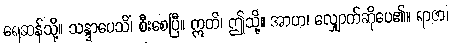
ရေဆန်သို့။ သန္ဒာပေသိံ၊ စီးစေပြီ။ ဣတိ၊ ဤသို့။ အာဟ၊ လျှောက်ဆိုပေ၏။ ရာဇာ၊